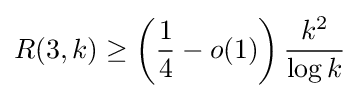
R(3,k)\geq \left({\frac {1}{4}}-o(1)\right){\frac {k^{2}}{\log k}}